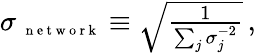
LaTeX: \begin{array}{r}{\sigma{_{\mathrm{~\scriptsize~n~e~t~w~o~r~k~}}}\equiv\sqrt{\frac{1}{\sum_{j}\sigma_{j}^{-2}}}\, ,}\end{array}